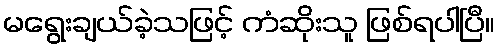
မရွေးချယ်ခဲ့သဖြင့် ကံဆိုးသူ ဖြစ်ရပါပြီ။